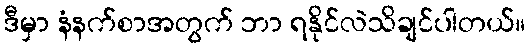
ဒီမှာ နံနက်စာအတွက် ဘာ ရနိုင်လဲသိချင်ပါတယ်။